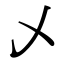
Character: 乄